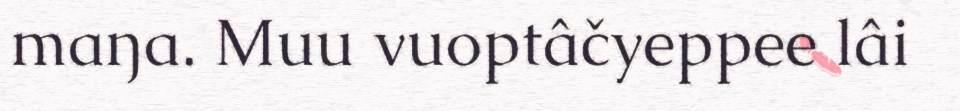
maŋa. Muu vuoptâčyeppee lâi